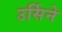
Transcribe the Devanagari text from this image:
उर्सिने